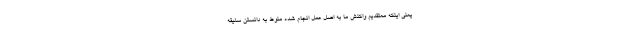
یعنی اینکه معتقدیم واکنش ما به اصل عمل انجام شده منوط به دانستن سلیقه